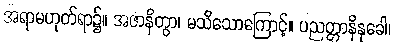
အရာမဟုတ်ရာ၌။ အဇာနိတွာ၊ မသိသောကြောင့်။ ပညတ္တာနိနုခေါ၊